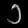
Digit: ၁